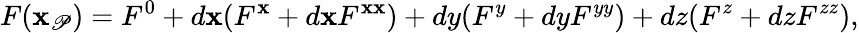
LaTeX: F(\mathbf{x}_{\mathscr{P}})=F^{0}+d\mathbf{x}(F^{\mathbf{x}}+d\mathbf{x}F^{\mathbf{x}\mathbf{x}})+dy(F^{y}+dyF^{yy})+dz(F^{z}+dzF^{zz}),